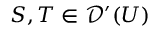
S , T \in { \mathcal { D } } ^ { \prime } ( U )